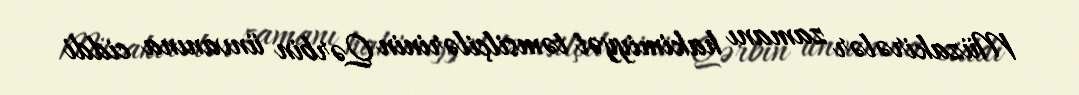
Müzakirələr zamanı hakimiyyət təmsilçilərinin Qərbin ünvanına ciddi